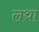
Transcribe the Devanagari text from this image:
लथा